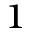
^ 1